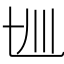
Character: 𰀋